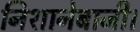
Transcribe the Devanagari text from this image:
निशानेबाजी।